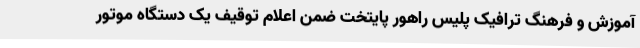
آموزش و فرهنگ ترافیک پلیس راهور پایتخت ضمن اعلام توقیف یک دستگاه موتور